Parnu-Viljandi_kinnistusamet, lk 94
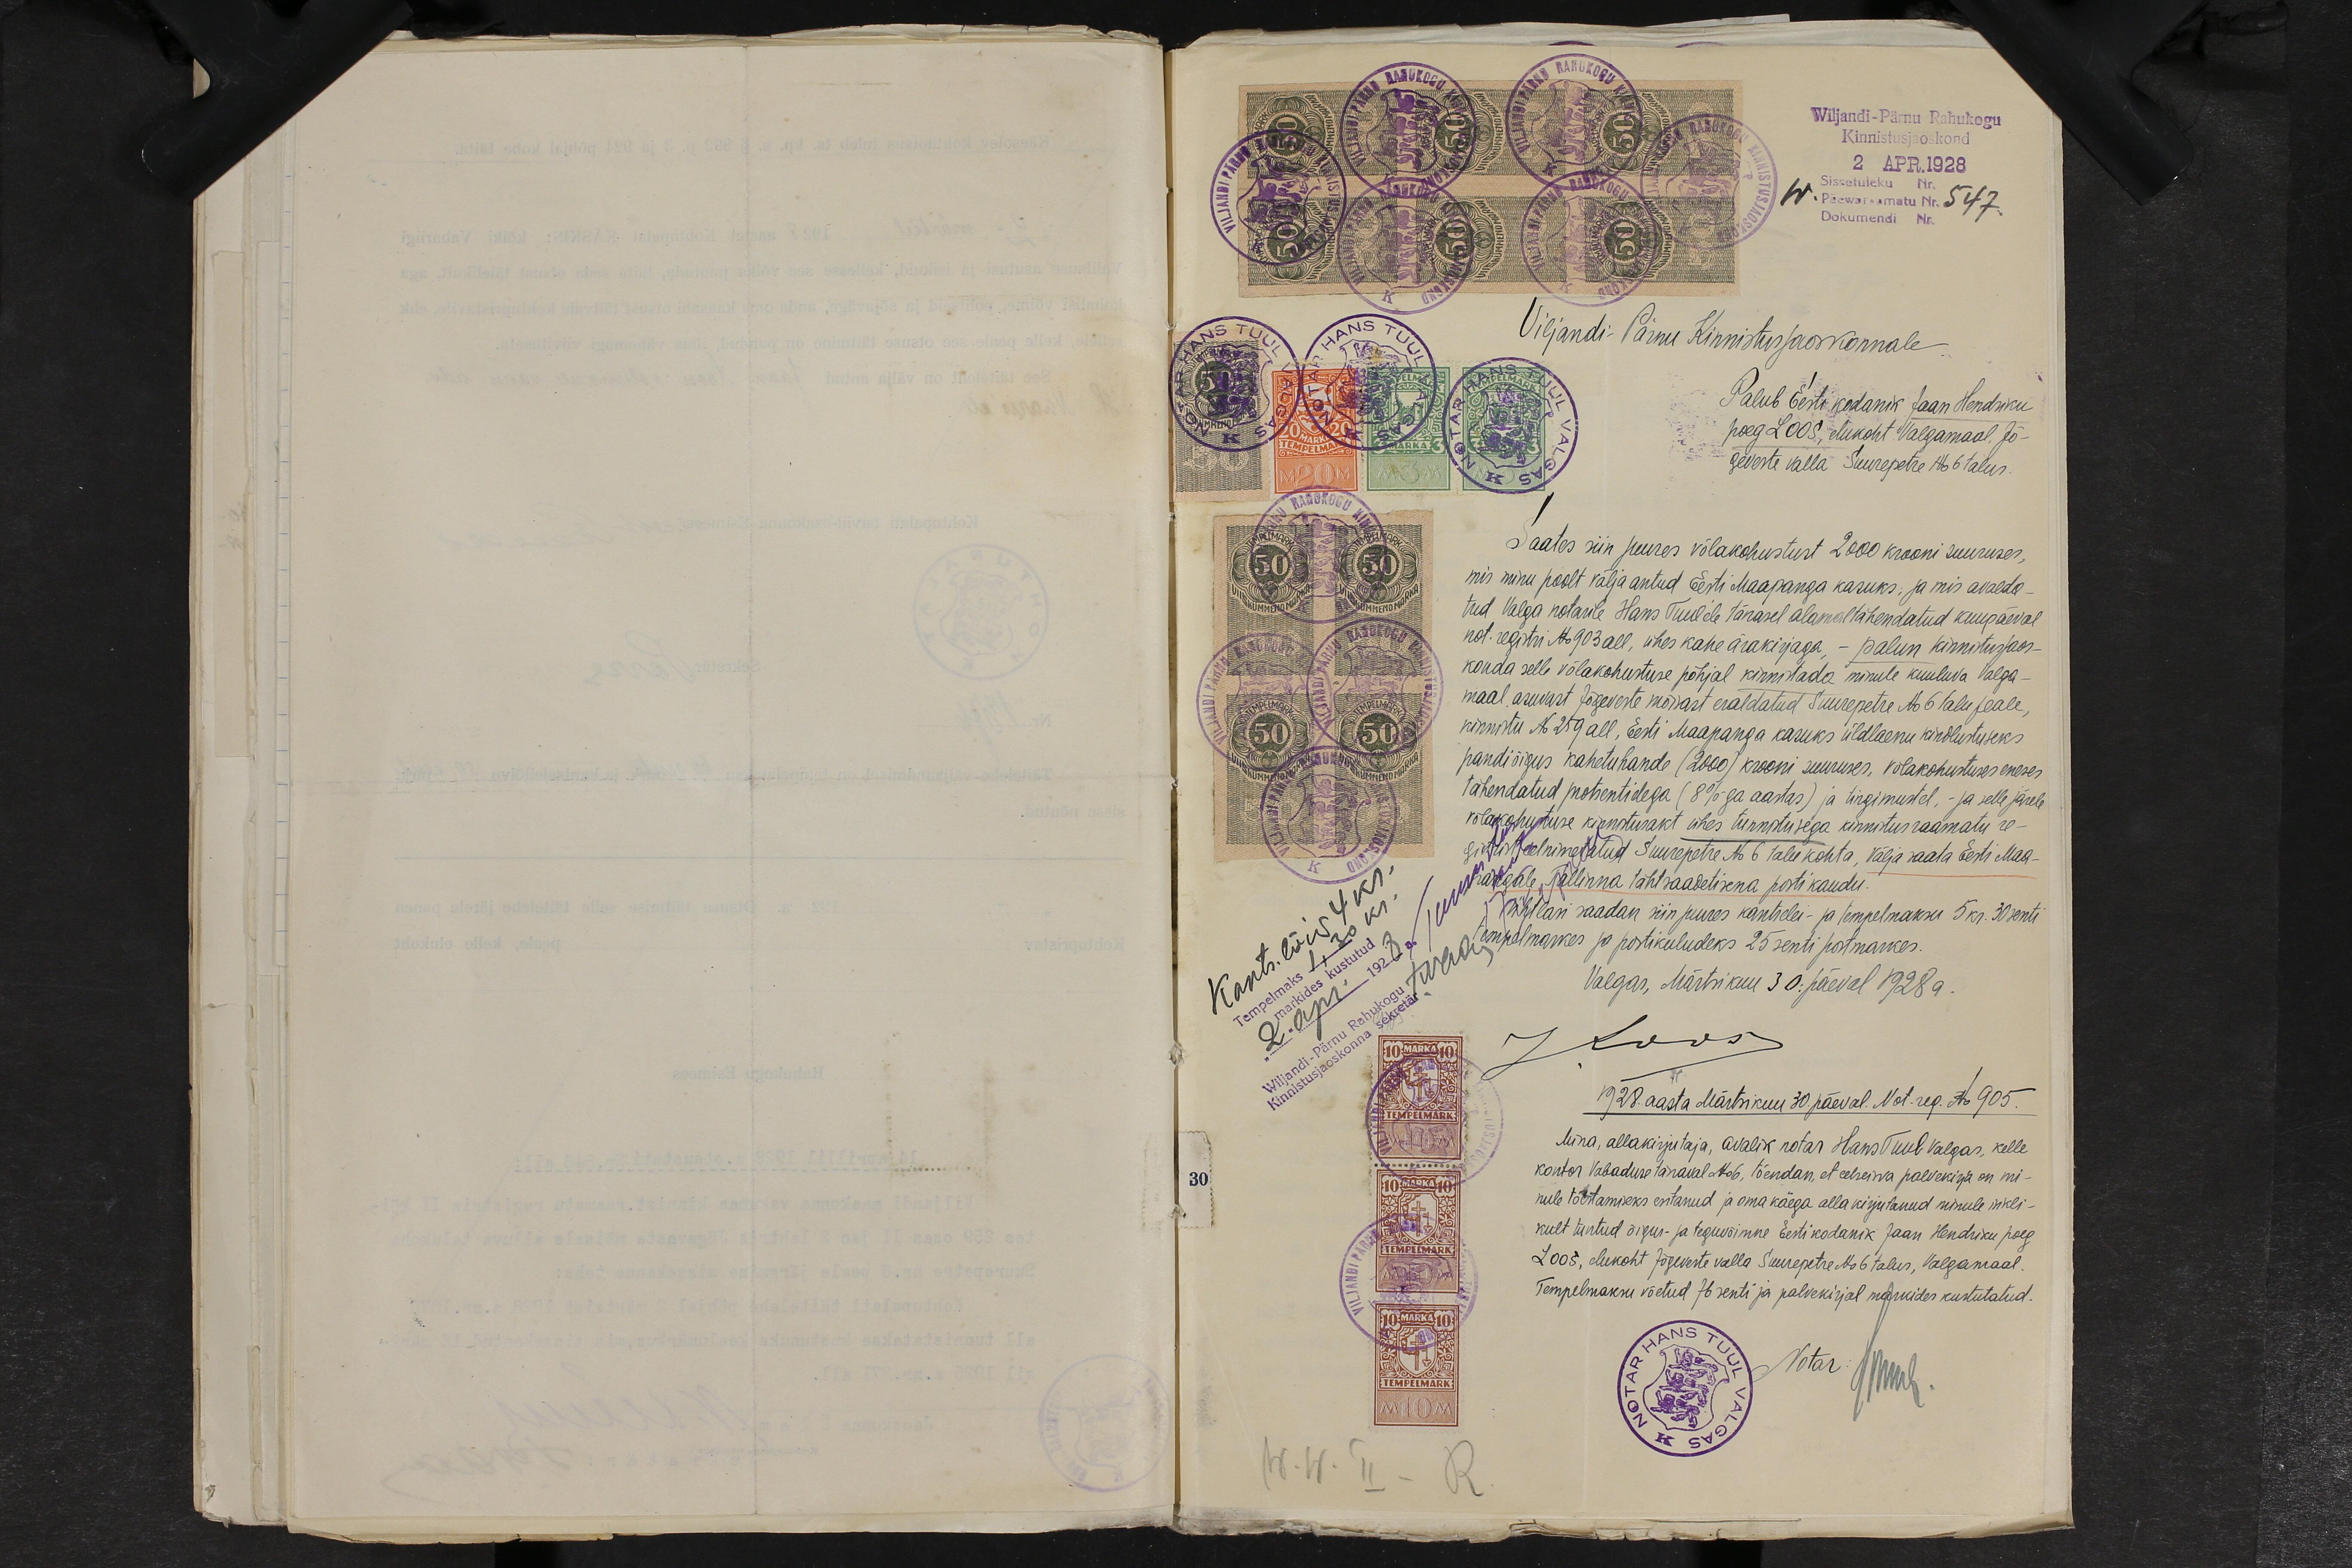
Wiljandi-Pärnu Rahukogu
Kinnistusjaoskond
2 APR. 1928
Sissetuleku Nr.
Päewaraamatu Nr. 547.
Dokumendi Nr.

Kants. lõiv 4 kr.
Tempelmaks 1,30 kr.
markides kustutud
"2" apr 1928a.
Wiljandi-Pärnu Rahukogu
Kinnistusjaoskonna sekretär TNaar

Viljandi-Pärnu Kinnistusjaoskonnale.
Palub Eesti kodanik Jaan Hendriku
poeg Loos, elukoht Valgamaal, Jõ-
geveste valla Suurepetre No 6 talus.
Saates siin juures võlakohustust 2000 krooni suuruses,
mis minu poolt välja antud Eesti Maapanga kasuks, ja mis avalda-
tud Valga notarile Hans Tuul´ele tänasel alamaltähendatud kuupäeval
not. registri No 903 all, ühes kahe ärakirjaga, - palun kinnistusjaos-
konda selle võlakohustuse põhjal kinnistada minule kuuluva Valga -
maal asuvast Jõgeveste mõisast eraldatud Suurepetre No 6 talu peale,
kinnistu No 259 all, Eesti Maapanga kasuks üldlaenu kindlustuseks
pandiõigus kahetuhande (2000) krooni suuruses, võlakohustuses eneses
tähendatud protsentidega (8%-ga aastas) ja tingimustel. - ja selle järele
võlakohustuse kinnistusakt ühes tunnistusega kinnistusraamatu re-
gistrist eelnimetatud Suurepetre No 6 talu kohta, välja saata Eesti Maa-
pangale Tallinna tähtsaadetisena posti kaudu.
Ühtlasi saadan siin juures kantselei- ja tempelmaksu 5 kr. 30 senti
tempelmarkes ja postikuludeks 25 senti postmarkes.
Valgas, Märtsikuu 30. päeval 1928 a.
JLoos
1928. aasta Märtsikuu 30. päeval. Not. reg. No 905.
Mina, allakirjutaja, avalik notar Hans Tuul Valgas, kelle
kontor Vabaduse tänaval No 6, tõendan, et eelseisva palvekirja on mi-
nule tõestamiseks esitanud ja oma käega alla kirjutanud minule isikli-
kult tuntud õigus- ja teguvõimne Eesti kodanik Jaan Hendriku poeg
Loos, elukoht Jõgeveste valla Suurepetre No 6 talus, Valgamaal.
Tempelmaksu võetud 76 senti ja palvekirjal markides kustutatud.
Notar: HTuul